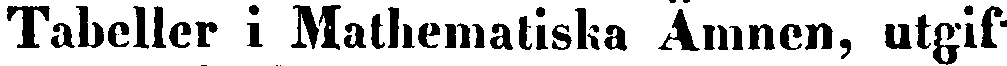
Tabeller i Mathematiska Ämnen, utgif-